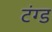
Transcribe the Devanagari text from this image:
टंग्ड